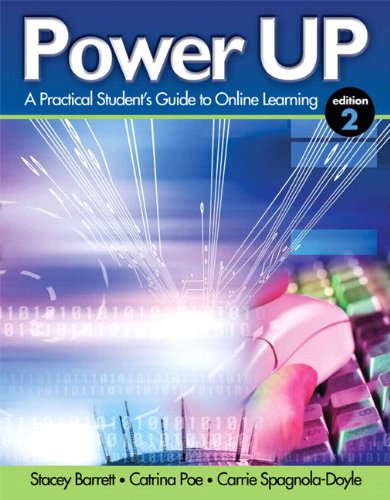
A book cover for Power Up: A Practical Student's Guide to Online Learning (2nd Edition); Stacey Barrett; Education & Teaching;